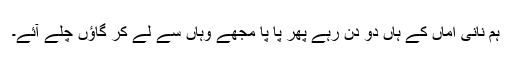
ہم نانی اماں کے ہاں دو دن رہے پھر پا پا مجھے وہاں سے لے کر گاؤں چلے آئے۔